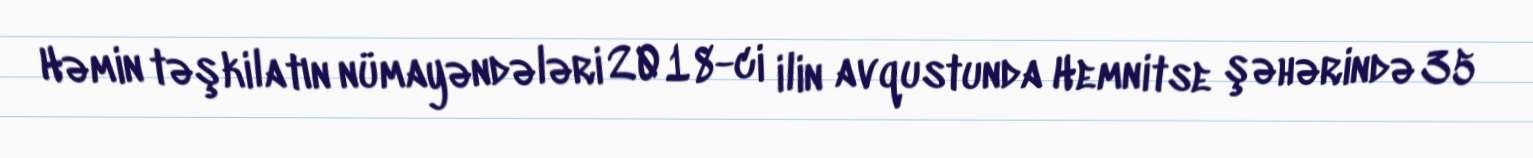
Həmin təşkilatın nümayəndələri 2018-ci ilin avqustunda Hemnitse şəhərində 35